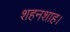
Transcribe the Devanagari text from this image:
शहनशाह।